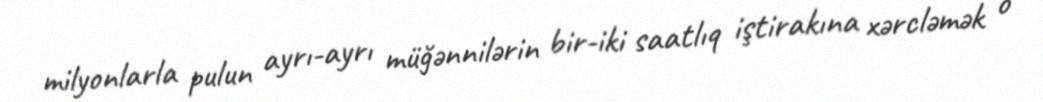
milyonlarla pulun ayrı-ayrı müğənnilərin bir-iki saatlıq iştirakına xərcləmək o